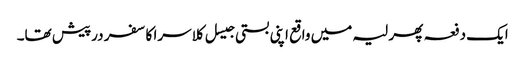
ایک دفعہ پھر لیہ میں واقع اپنی بستی جیسل کلاسرا کا سفر درپیش تھا۔